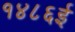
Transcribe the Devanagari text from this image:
१४८६ई